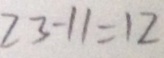
2 3 - 1 1 = 1 2